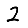
Digit: 2